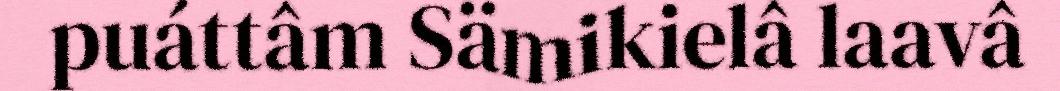
puáttâm Sämikielâ laavâ